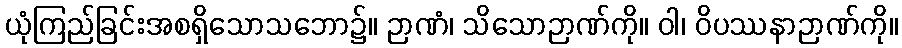
ယုံကြည်ခြင်းအစရှိသောသဘော၌။ ဉာဏံ၊ သိသောဉာဏ်ကို။ ဝါ၊ ဝိပဿနာဉာဏ်ကို။